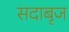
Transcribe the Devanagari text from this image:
सदाबृज